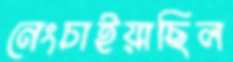
নেংচাইয়াছিল